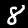
Digit: 8